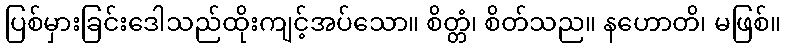
ပြစ်မှားခြင်းဒေါသည်ထိုးကျင့်အပ်သော။ စိတ္တံ၊ စိတ်သည။ နဟောတိ၊ မဖြစ်။